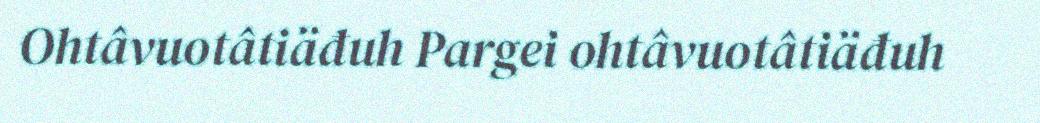
Ohtâvuotâtiäđuh Pargei ohtâvuotâtiäđuh